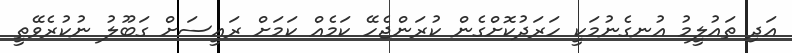
އަދި ތައުލީމު އުނގެނުމަކީ ހަރަދުކޮށްގެން ކުރަންޖެހޭ ކަމެއް ކަމަށް ރައީސަށް ގަބޫލު ނުކުރެވޭތީ